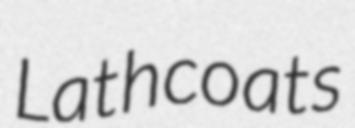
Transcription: Lathcoats